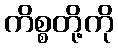
ကိစ္စတို့ကို